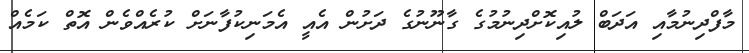
މާފްދިނުމާއި އަދަބް ލުއިކޮށްދިނުމުގެ ގާނޫނުގެ ދަށުން އެއީ އެމަނިކުފާނަށް ކުރެއްވެން އޮތް ކަމެއް